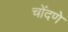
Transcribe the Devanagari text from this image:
चोंदणे